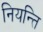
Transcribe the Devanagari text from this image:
नियन्ति